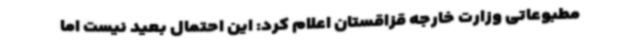
مطبوعاتی وزارت خارجه قزاقستان اعلام کرد: این احتمال بعید نیست اما